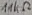
Text: 11KΩ